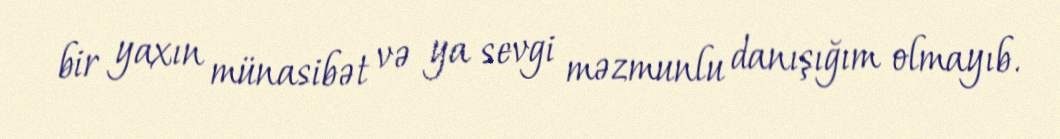
bir yaxın münasibət və ya sevgi məzmunlu danışığım olmayıb.